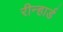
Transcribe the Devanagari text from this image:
रीन्हार्ड